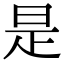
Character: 是